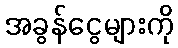
အခွန်ငွေများကို